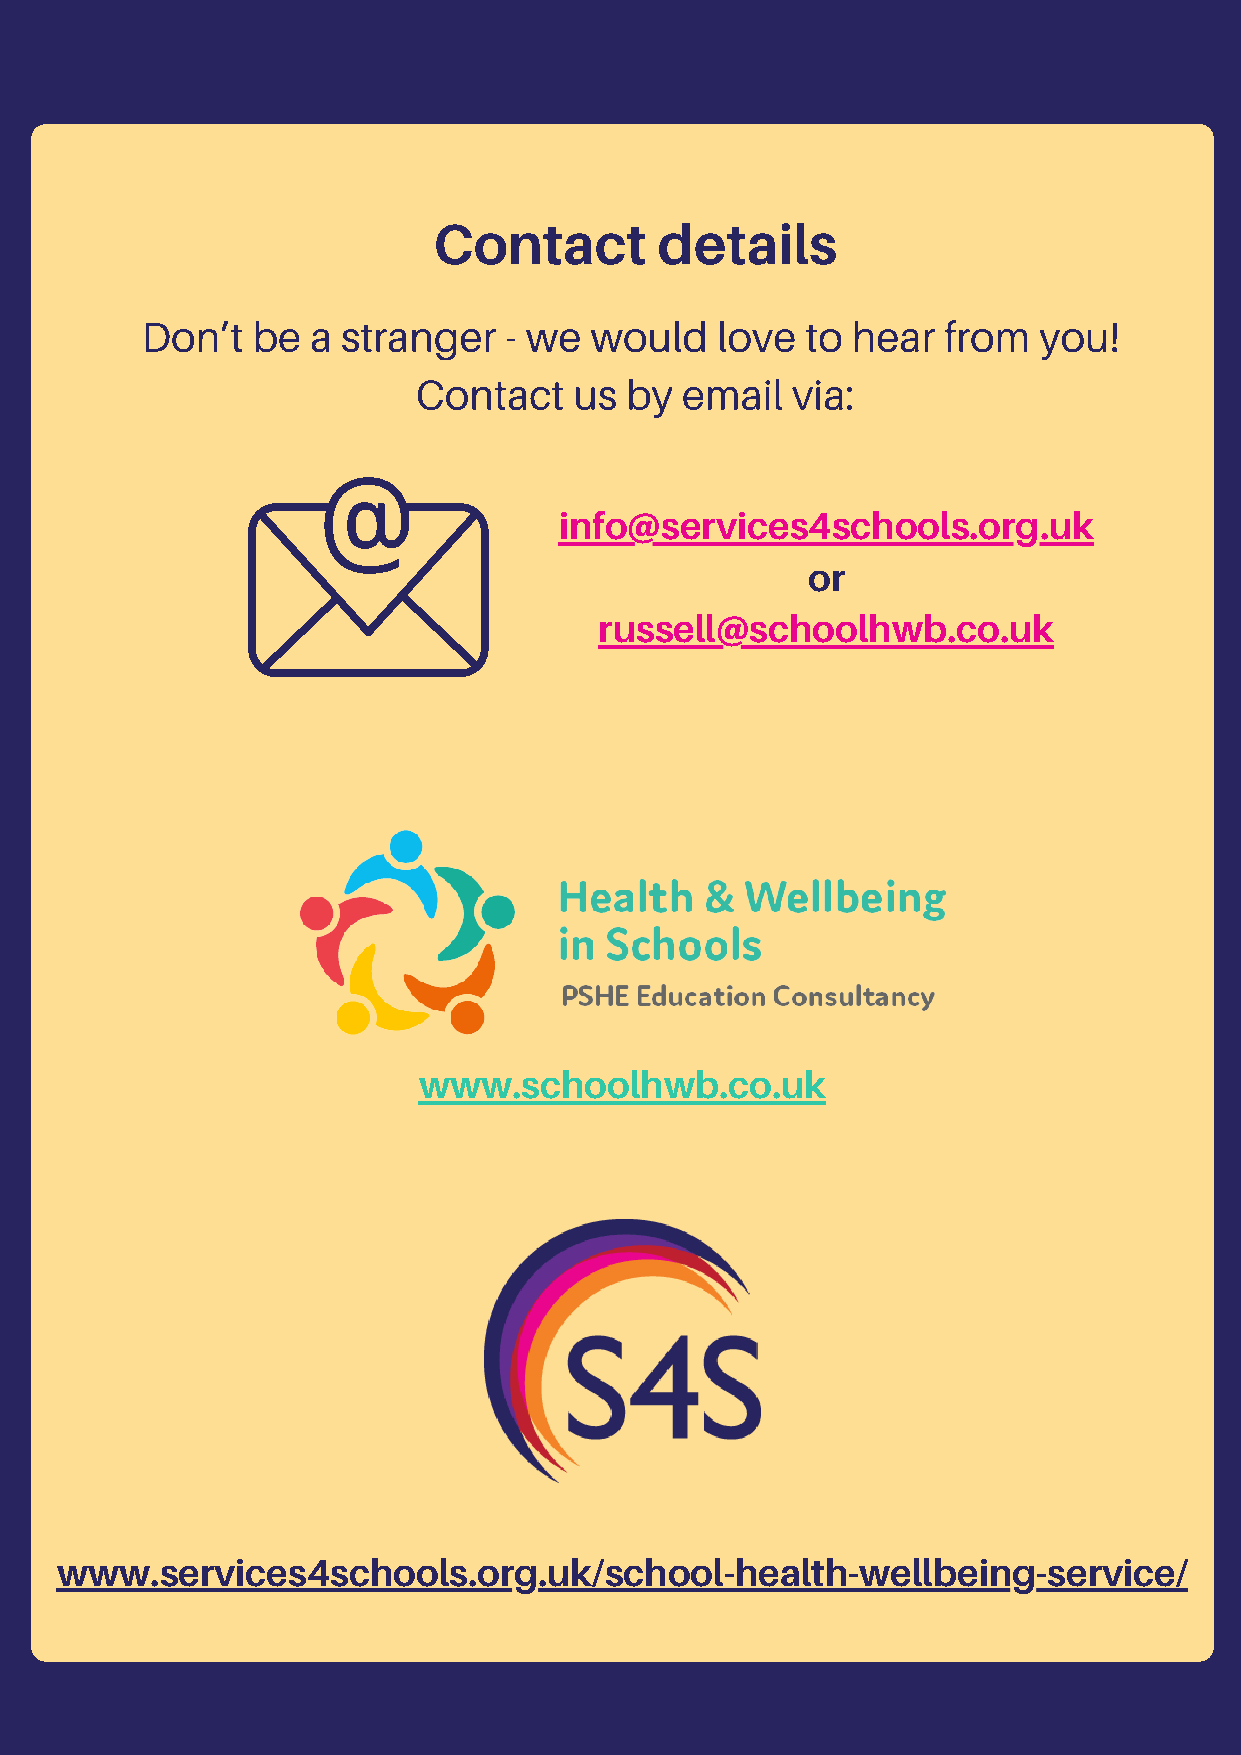
Contact        details
 Don’t   be  a stranger  - we  would   love  to hear  from   you!
 Contact   us by  email  via:
 info@services4schools.org.uk
 or
 russell@schoolhwb.co.uk
 www.schoolhwb.co.uk
 www.services4schools.org.uk/school-health-wellbeing-service/